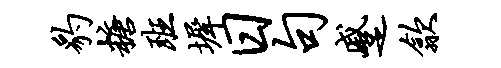
豹糖班墀日句蹙歙